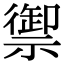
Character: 禦